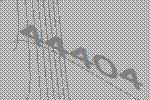
44404